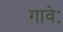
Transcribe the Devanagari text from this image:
गावेः